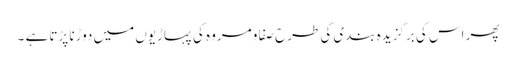
پھر اس کی برگزیدہ بندی کی طرح صفا و مروہ کی پہاڑیوں میں دوڑنا پڑتا ہے ۔